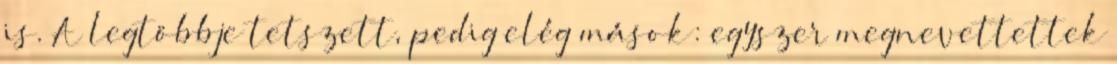
is. A legtöbbje tetszett, pedig elég mások: egyszer megnevettettek